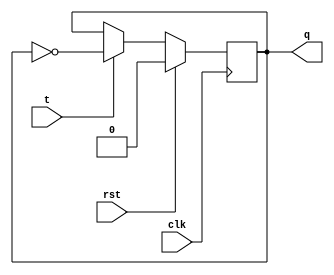
module tff(t,clk,rst,q);

input t,clk,rst;
output reg q;

always@(posedge clk)
begin

if(rst)
q<=0;
else if(t)
q<=~q;
else
q<=q;

end

endmodule


module sync_3bit_updown_counter(clk,rst,m,q);

input clk,rst;
input m; // mode 0 up; mode 1 down
output [2:0]q;

assign mbar=~m;

tff tff1(1'b1,clk,rst,q1);

//prepare for next stage
assign q1bar=~q1;
and(mbarq1,q1,mbar);
and(mq1bar,m,q1bar);
or(t2, mbarq1,mq1bar);

tff tff2(t2,clk,rst,q2);

//prepare for next stage
assign q2bar=~q2;
and(mbarq1q2,q2,mbarq1);
and(mq1barq2bar,mq1bar,q2bar);
or(t3, mbarq1q2,mq1barq2bar);

tff tff3(t3,clk,rst,q3);

assign q={q3,q2,q1};

endmodule



`timescale 1ns/1ns

module tb;


reg clk,rst;
reg mode; // mode 0 up; mode 1 down
wire [2:0]q;

sync_3bit_updown_counter dut(clk,rst,mode,q);

initial 
begin
clk=0;
rst=0;
#5 rst=1;
#5 rst=0;
end

always #5 clk=~clk;

initial
begin
$monitor("clk=%b  rst=%b mode=%b q=%0d", clk,rst,mode,q);
mode=0;
#100;
mode=1;
#100;
$stop;
end
endmodule